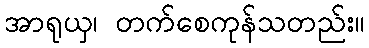
အာရုယှ၊ တက်စေကုန်သတည်း။